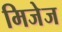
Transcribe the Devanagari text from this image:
मिजेज